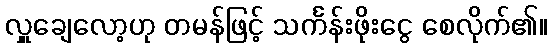
လှူချေလော့ဟု တမန်ဖြင့် သင်္ကန်းဖိုးငွေ စေလိုက်၏။